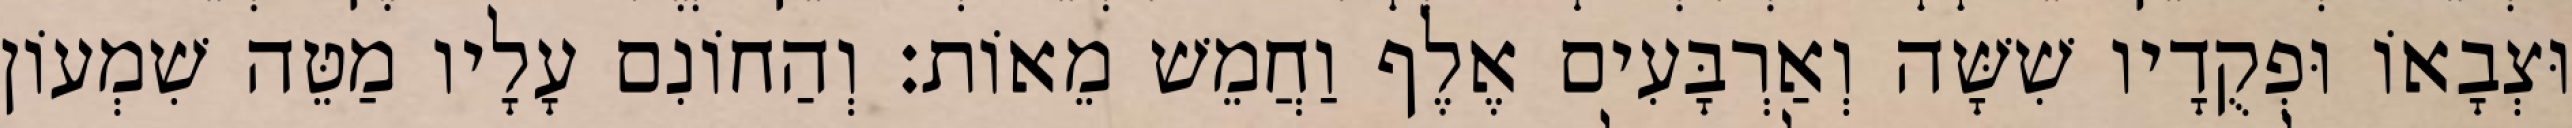
וּצְבָאוֹ וּפְקֻדָיו שִׁשָּׁה וְאַרְבָּעִים אֶלֶף וַחֲמֵשׁ מֵאוֹת׃ וְהַחוֹנִם עָלָיו מַטֵּה שִׁמְעוֹן